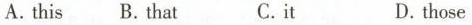
A. this B. That C.ⅱ D.those